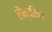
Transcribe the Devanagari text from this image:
लैम्बलिया